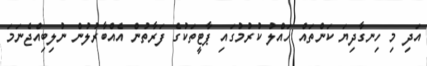
އަދި މި ހިނގާދިޔަ ކަންތައް ހައްލު ކުރުމުގައި ޕާޓީތަކުގެ ފަރާތުން އެއްބާރުލުން ނުލިބިއްޖެނަމަ